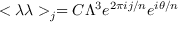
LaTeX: < \lambda \lambda > _ { j } = C \Lambda ^ { 3 } e ^ { 2 \pi i j / n } e ^ { i \theta / n }